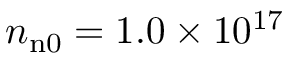
n _ { \mathrm { n 0 } } = 1 . 0 \times 1 0 ^ { 1 7 }